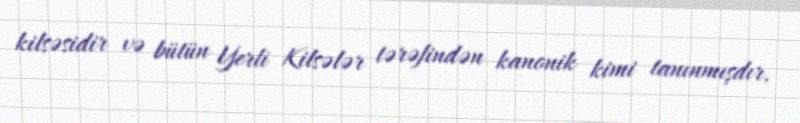
kilsəsidir və bütün Yerli Kilsələr tərəfindən kanonik kimi tanınmışdır.